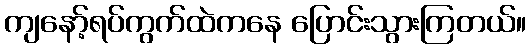
ကျနော့်ရပ်ကွက်ထဲကနေ ပြောင်းသွားကြတယ်။